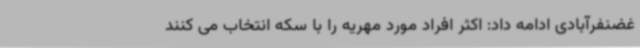
غضنفرآبادی ادامه داد: اکثر افراد مورد مهریه را با سکه انتخاب می کنند